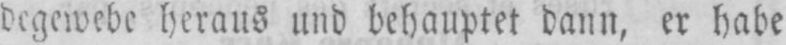
degewebe heraus und behauptet dann, er habe